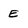
Character: e